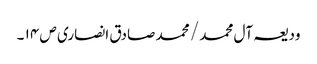
ودیعہ آل محمد / محمد صادق انصاری ص ۱۴ ۔